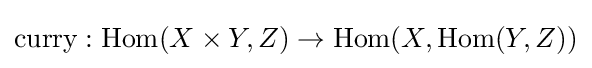
{\text{curry}}:{\text{Hom}}(X\times Y,Z)\to {\text{Hom}}(X,{\text{Hom}}(Y,Z))